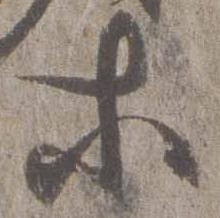
等